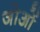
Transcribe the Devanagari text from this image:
जोओं